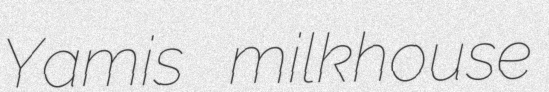
Yamis milkhouse